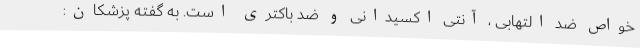
خواص ضد التهابی ، آنتی اکسیدانی و ضد باکتری است. به گفته پزشکان: